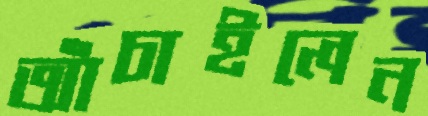
আঁচাইলেন